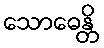
သောဓေန္တိ